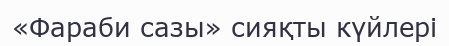
«Фараби сазы» сияқты күйлері